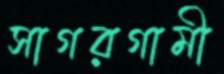
সাগরগামী